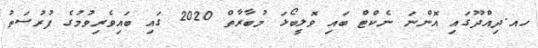
ހއ.ދިއްދޫގައި އޮންނަ ނެކްޓް ބައި ވޮލީބޯޅަ މުބާރާތް 2020 ގައި ބައިވެރިވުމުގެ ފުރުސަތު